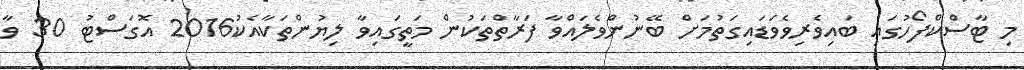
މި ޓާސްކްފޯހުގައި ބައިވެރިވެވަޑައިގަތުމަށް ބޭނުންވެލައްވާ ފަރާތްތަކުން މަތީގައިވާ ލިޔުންތަކާއެކު2016 އޮގަސްޓު 30 ވާ